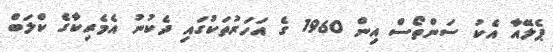
ޕެލޭއާ އެކު ސަންތޯސް އިން 1960 ގެ އަހަރުތަކުގައި ދެކުނު އެމެރިކާގެ ކްލަބް